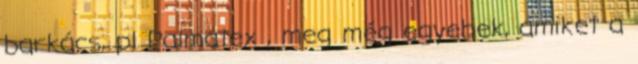
barkács, pl Palmatex , meg még egyebek, amiket a